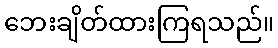
ဘေးချိတ်ထားကြရသည်။